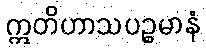
ဣတိဟာသပဉ္စမာနံ